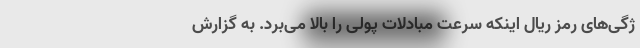
ژگی‌های رمز ریال اینکه سرعت مبادلات پولی را بالا می‌برد. به گزارش